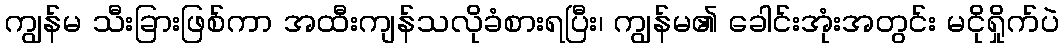
ကျွန်မ သီးခြားဖြစ်ကာ အထီးကျန်သလိုခံစားရပြီး၊ ကျွန်မ၏ ခေါင်းအုံးအတွင်း မငိုရှိုက်ပဲ